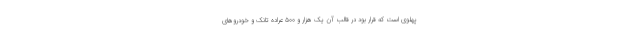
پهلوی است که قرار بود در قالب آن یک هزار و ۵۰۰ عراده تانک و خودروهای